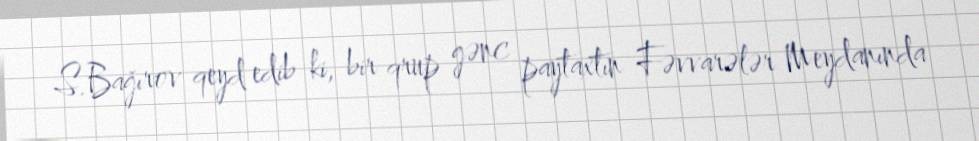
S.Bağırov qeyd edib ki, bir qrup gənc paytaxtın Fəvvarələr Meydanında